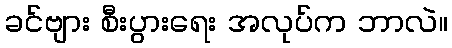
ခင်ဗျား စီးပွားရေး အလုပ်က ဘာလဲ။